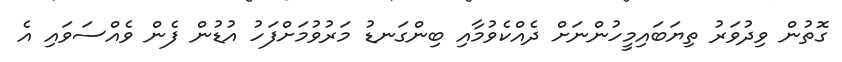
ގޮތުން ވިދުވަރު ތިޔަބައިމީހުންނަށް ދެއްކެވުމާއި ބިންގަނޑު މަރުވުމަށްފަހު އުޑުން ފެން ވެއްސަވައި އެ